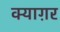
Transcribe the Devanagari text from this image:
क्याग़र